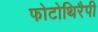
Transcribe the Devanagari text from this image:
फोटोथिरैपी